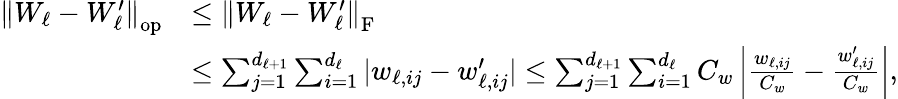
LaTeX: \begin{array}{rl}{\left\| W_{\ell}-W_{\ell}^{\prime}\right\| _{\mathrm{op}}}&{\leq\left\| W_{\ell}-W_{\ell}^{\prime}\right\| _{\mathrm{F}}}\\ &{\leq\sum_{j=1}^{d_{\ell+1}}\sum_{i=1}^{d_{\ell}}|w_{\ell,ij}-w_{\ell,ij}^{\prime}|\leq\sum_{j=1}^{d_{\ell+1}}\sum_{i=1}^{d_{\ell}}C_{w}\left|\frac{w_{\ell,ij}}{C_{w}}-\frac{w_{\ell,ij}^{\prime}}{C_{w}}\right|,}\end{array}